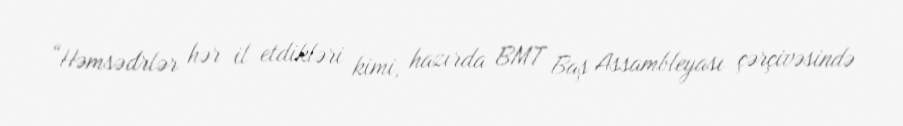
“Həmsədrlər hər il etdikləri kimi, hazırda BMT Baş Assambleyası çərçivəsində